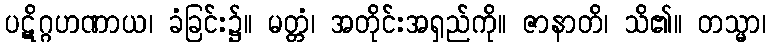
ပဋိဂ္ဂဟဏာယ၊ ခံခြင်း၌။ မတ္တံ၊ အတိုင်းအရှည်ကို။ ဇာနာတိ၊ သိ၏။ တသ္မာ၊